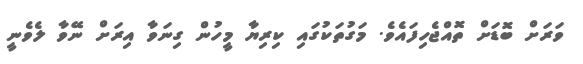
ވަރަށް ބޮޑަށް ތޮއްޖެހިފައެވެ. މަގުތަކުގައި ކިރިޔާ މީހުން ގިނަވާ އިރަށް ނޭވާ ލެވެނީ